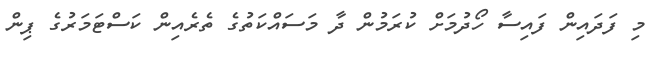
މި ފަދައިން ފައިސާ ހޯދުމަށް ކުރަމުން ދާ މަސައްކަތުގެ ތެރެއިން ކަސްޓަމަރުގެ ޕިން